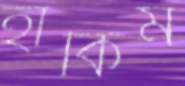
হাকিম